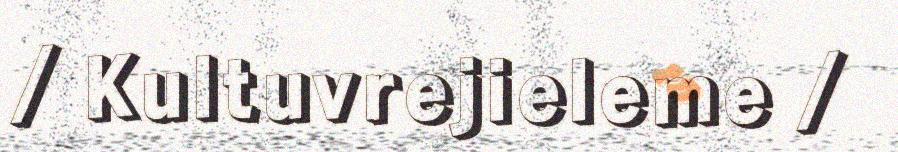
/ Kultuvrejieleme /